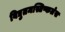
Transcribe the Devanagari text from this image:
विद्युतमस्तिष्कलेख